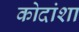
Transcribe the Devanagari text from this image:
कोदांशा